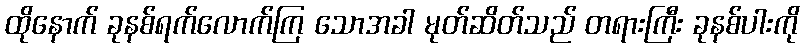
ထိုနောက် ခုနစ်ရက်လောက်ကြ သောအခါ မုတ်ဆိတ်သည် တရားကြီး ခုနစ်ပါးကို